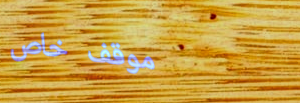
موقف خاص